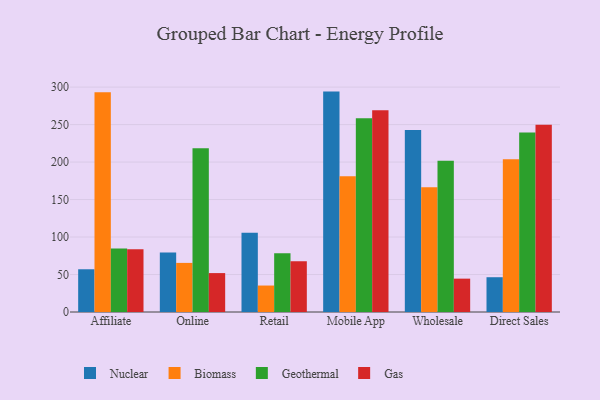
{"axis": {"x": "Channel", "y": "Market Share (%)"}, "legend": ["Biomass", "Gas", "Geothermal", "Nuclear"], "data": [{"x": "Affiliate", "y": 57.0, "type": "Nuclear"}, {"x": "Affiliate", "y": 293.1, "type": "Biomass"}, {"x": "Affiliate", "y": 84.6, "type": "Geothermal"}, {"x": "Affiliate", "y": 83.6, "type": "Gas"}, {"x": "Online", "y": 79.3, "type": "Nuclear"}, {"x": "Online", "y": 65.5, "type": "Biomass"}, {"x": "Online", "y": 218.5, "type": "Geothermal"}, {"x": "Online", "y": 51.9, "type": "Gas"}, {"x": "Retail", "y": 105.7, "type": "Nuclear"}, {"x": "Retail", "y": 35.3, "type": "Biomass"}, {"x": "Retail", "y": 78.3, "type": "Geothermal"}, {"x": "Retail", "y": 67.7, "type": "Gas"}, {"x": "Mobile App", "y": 294.0, "type": "Nuclear"}, {"x": "Mobile App", "y": 181.1, "type": "Biomass"}, {"x": "Mobile App", "y": 258.3, "type": "Geothermal"}, {"x": "Mobile App", "y": 269.0, "type": "Gas"}, {"x": "Wholesale", "y": 242.8, "type": "Nuclear"}, {"x": "Wholesale", "y": 166.4, "type": "Biomass"}, {"x": "Wholesale", "y": 201.7, "type": "Geothermal"}, {"x": "Wholesale", "y": 44.5, "type": "Gas"}, {"x": "Direct Sales", "y": 46.4, "type": "Nuclear"}, {"x": "Direct Sales", "y": 203.8, "type": "Biomass"}, {"x": "Direct Sales", "y": 239.5, "type": "Geothermal"}, {"x": "Direct Sales", "y": 249.9, "type": "Gas"}]}